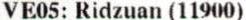
VE05: RIDZUAN (11900)